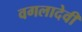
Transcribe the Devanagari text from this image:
वगलादेवी